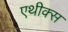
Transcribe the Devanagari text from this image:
एथीक्स